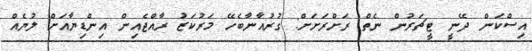
އިސްކަން ދޭނީ ޓީޗަރުން ނެތް ރަށްރަށަށް: ގުރުއާނާބެހޭ މަރުކަޒު ރާއްޖެއިން އިންޑިޔާއަށް ލުޔެއް